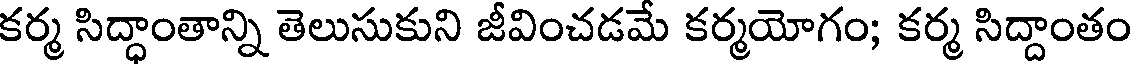
కర్మ సిద్ధాంతాన్ని తెలుసుకుని జీవించడమే కర్మయోగం; కర్మ సిద్దాంతం